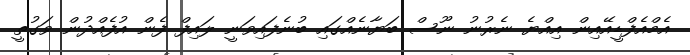
އެމްއެފްޑީއޭއިން އިއްޔެ ނެރުނު ނޫސް ބަޔާނެއްގައި ބުނެފައިވަނީ ލައިފް ފެން އުފެއްދުން ވަގުތީ